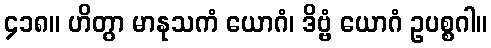
၄၁၈။ ဟိတွာ မာနုသကံ ယောဂံ၊ ဒိဗ္ဗံ ယောဂံ ဥပစ္စဂါ။